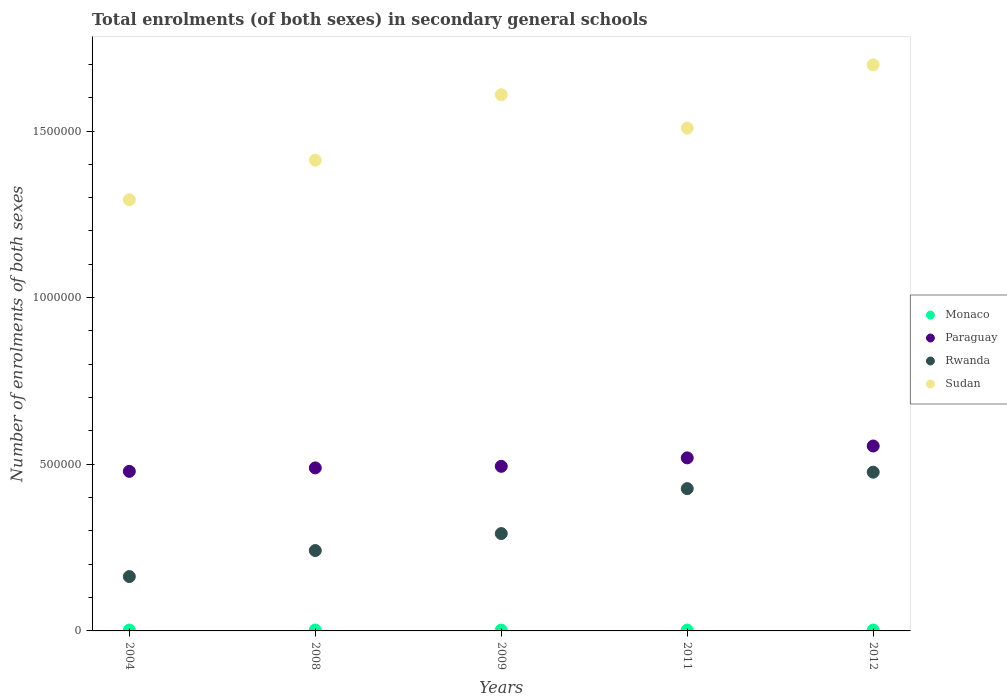
| Years | Monaco | Paraguay | Rwanda | Sudan |
 | --- | --- | --- | --- | --- |
 | 2004 | 2.6e+03 | 4.79e+05 | 1.63e+05 | 1.29e+06 |
 | 2008 | 2.64e+03 | 4.89e+05 | 2.41e+05 | 1.41e+06 |
 | 2009 | 2.44e+03 | 4.94e+05 | 2.92e+05 | 1.61e+06 |
 | 2011 | 2.61e+03 | 5.19e+05 | 4.27e+05 | 1.51e+06 |
 | 2012 | 2.66e+03 | 5.55e+05 | 4.76e+05 | 1.7e+06 |